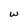
Character: w